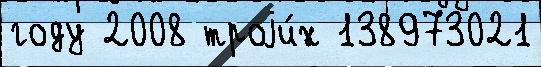
году 2008 троjи́х 138973021